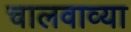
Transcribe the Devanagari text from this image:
चालवाव्या